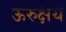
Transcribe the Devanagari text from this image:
ऊरुक्षय